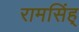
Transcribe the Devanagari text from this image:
रामसिंह्